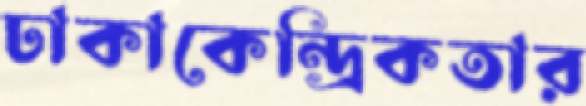
ঢাকাকেন্দ্রিকতার